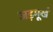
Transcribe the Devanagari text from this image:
जड़मूर्ख